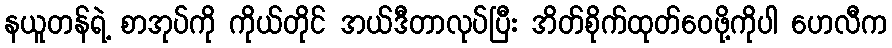
နယူတန်ရဲ့ စာအုပ်ကို ကိုယ်တိုင် အယ်ဒီတာလုပ်ပြီး အိတ်စိုက်ထုတ်ဝေဖို့ကိုပါ ဟေလီက